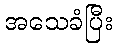
အသေခံပြီး